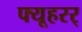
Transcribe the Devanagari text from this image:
फ्यूहरर्